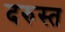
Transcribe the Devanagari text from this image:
दरुस्त